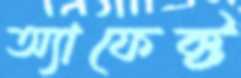
অ্যাফেক্ট